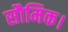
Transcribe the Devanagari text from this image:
सौमिक।